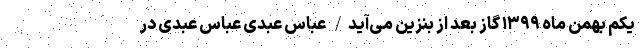
یکم بهمن ماه ۱۳۹۹ گاز بعد از بنزین می‌آید/ عباس عبدی عباس عبدی در